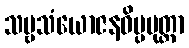
သဗ္ဗသံယောဇနဝိပ္ပမုတ္တာ